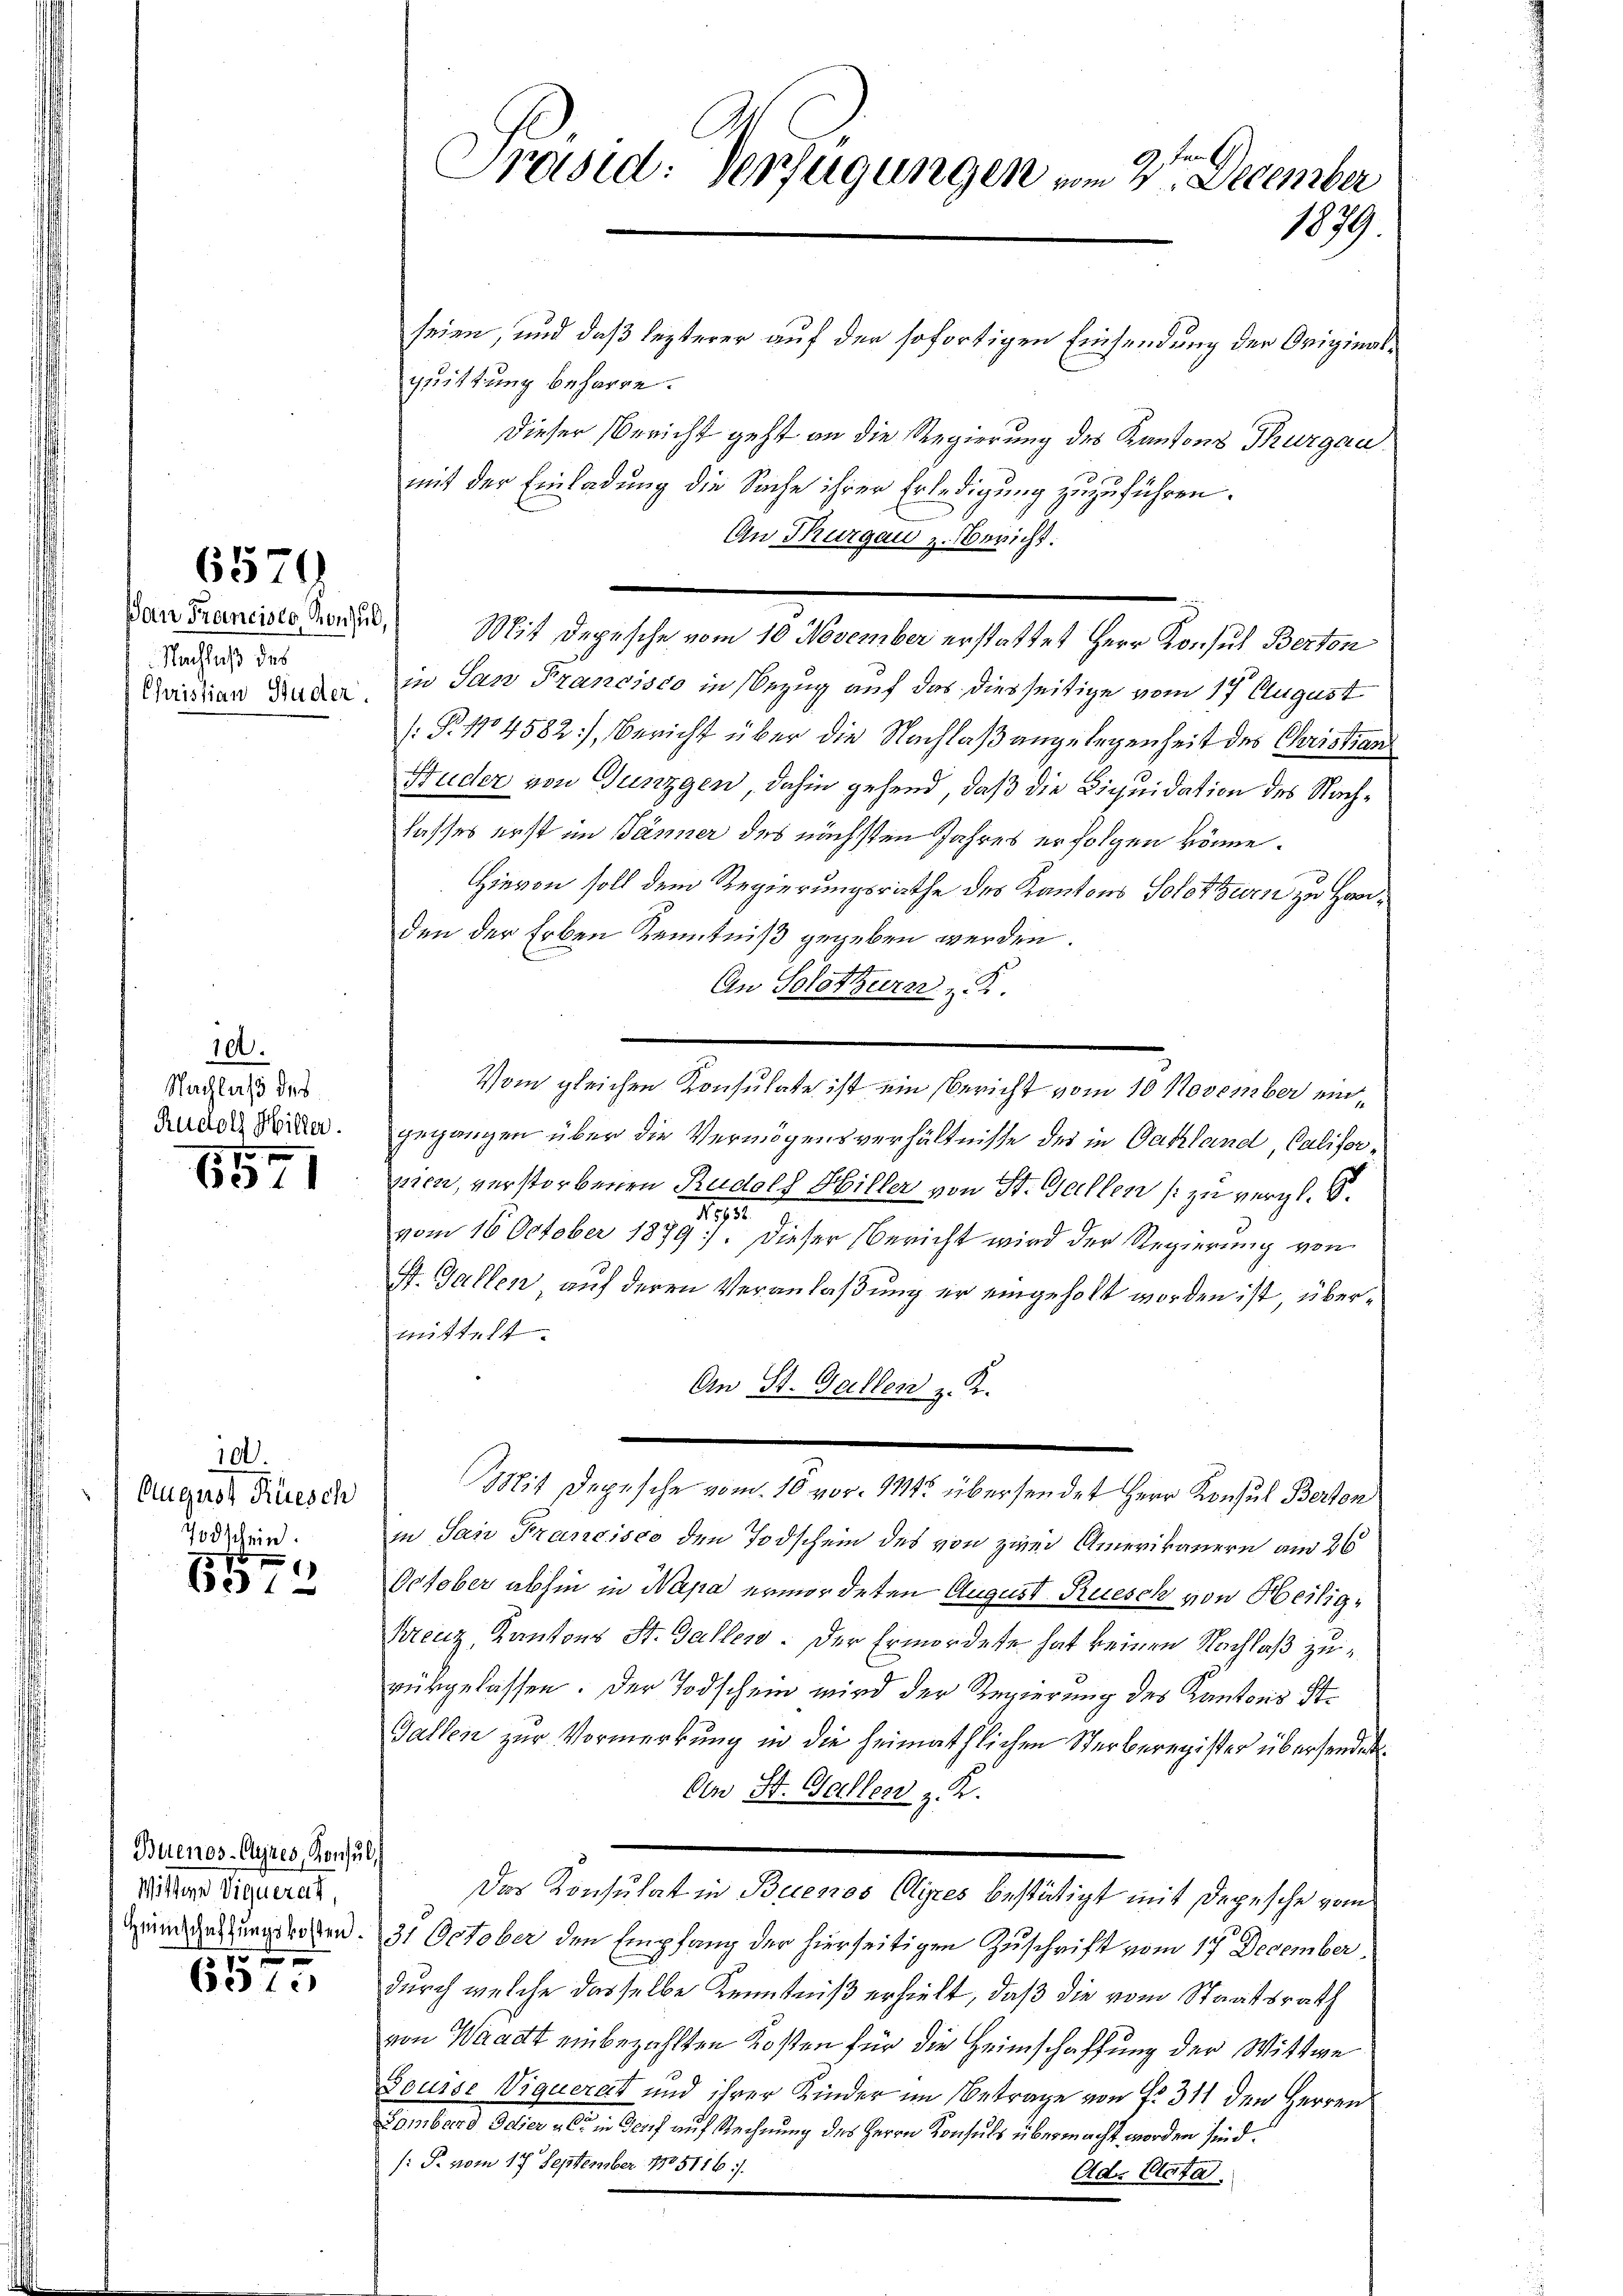
6570

Nachluß des
Christian Studer.

10.
Nachlaß des
Rudolf Hiller.

6311

101.
August Rüesch
7odschein.

B312

Buenos-Cujres, Konsul,
Wittwe Viquerat,
Heimschaffungskosten.
15 f 0
6331

seien, und daß lezterer auf der sofortigen Einsendung der Originalquittung beharre.
Dieser Bericht geht an die Regierung des Kantons Thurgau
mit der Einladung die Sache ihrer Erledigung zuzuführen.
An Thurgau z. Bericht:
dan Franerste darin, Mit Depesche vom 10. November erstattet Herr Konsul Berton
in San Francisco in Bezug auf das diesseitige vom 17 August
[: P. 14582), Bericht über die Nachlaß angelegenheit des Christian
Buder von Gunzgen, dahin gehend, daß die Liquidation des Nachlasses erst im Jänner des nächsten Jahres erfolgen könne.
Hievon soll dem Regierungsrathe des Kantons Solothurn zu Handen der Erben Kenntniß gegeben werden.
An Solothurer K.
Vom gleichen Konsulate ist ein Bericht vom 10. November eingegangen über die Vermögensverhältnisse des in Oatland, Califorpien, verstorbenen Rudolf Hiller von St. Gallen (zu vergl. S.
1191.
vom 16. October 1879). Dieser Bericht wird der Regierung von
f. Gallen, auf deren Veranlaßung er eingeholt worden ist, übermittelt.
An St. Gallen z. K.
Mit Depesche vom 10 vor. 114. übersendet Herr Konsul Berton
in San Francisco den Todschein des von zwei Amerikanern am 26
October abhin in Napa ermordeten August Rüesch von Heilig¬
Kreuz, Kantons St. Gallen. Der Ermordete hat keinen Nachlaß zurükgelassen. Der Todschein wird der Regierung des Kantons St.
Gallen zur Vormerkung in die heimathlichen Sterberegister übersendet.
Cen St. Gallen z. K.
Das Konsulat in Buenos Olipes bestätigt mit Depesche vom
31 October den Empfang der hierseitigen Zuschrift vom 17 December
durch welche dasselbe Kenntniß erhielt, daß die vom Staatsrath
von Waadt einbezahlten Kosten für die Heimschaffung der Wittwe
Souise Viquerat und ihrer Kinder im Betrage von Fr. 311 den Herren
Lombard Feier als in Genf auf Rechnung des Herrn Konsuls übermacht worden sind.
: P. vom 17. September 185116 i.
Ad. Unta

9 ten
Präsid: Verfügungen vom 4. December
1079